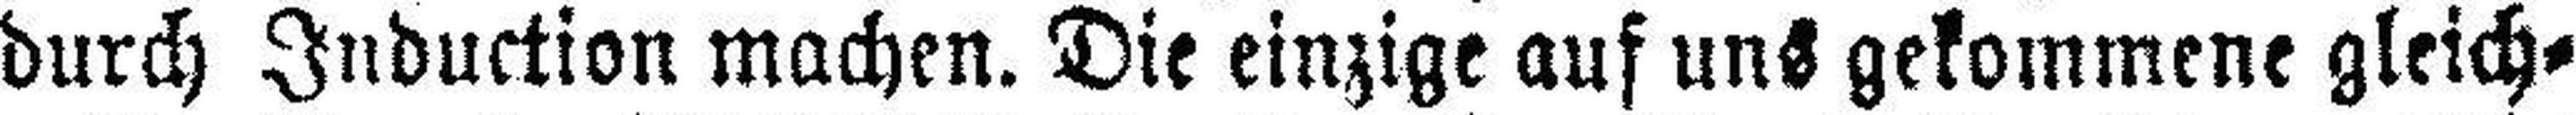
durch Induction machen. Die einzige auf uns gekommene gleich¬